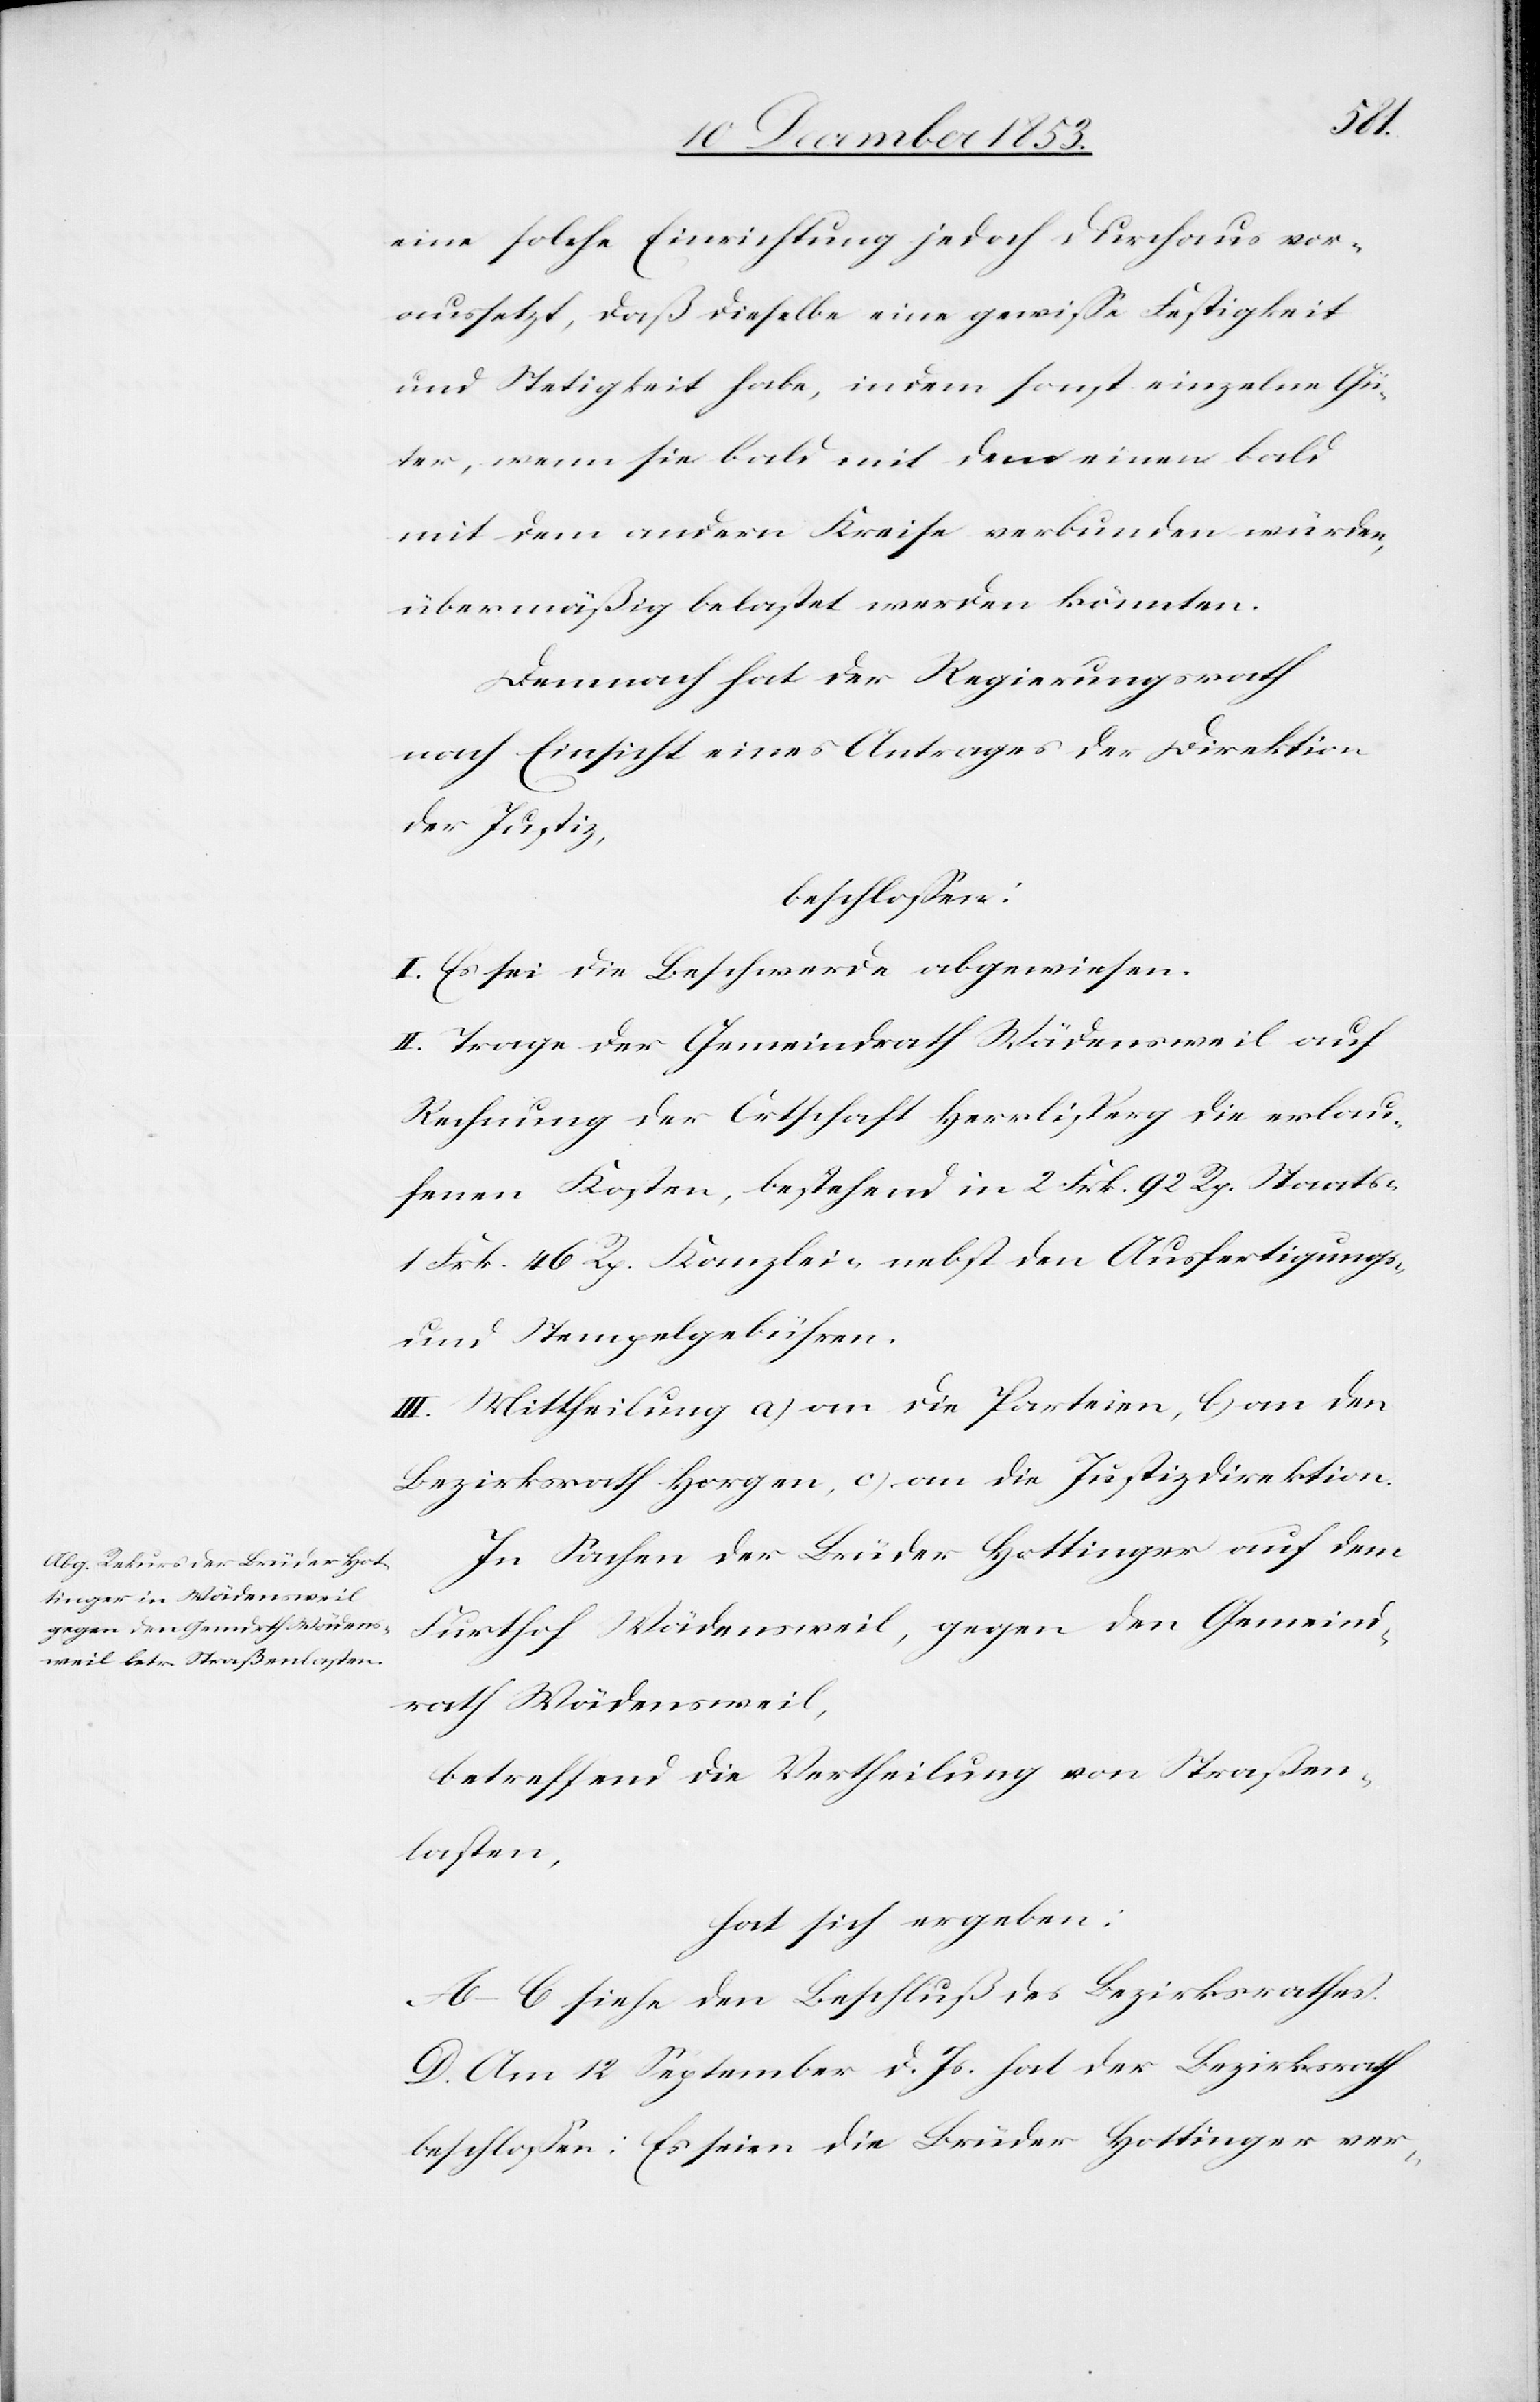
eine solche Einrichtung jedoch, durchaus vor¬
ausgesetzt, daß dieselbe eine gewiße Festigkeit
und Stetigkeit habe, indem sonst einzelne Gü¬
ter, wenn sie bald mit dem einen bald
mit dem andern Kreise verbunden würden,
übermäßig belastet werden könnten.
Demnach hat der Regierungsrath
nach Einsicht eines Antrages der Direktion
der Justiz,
beschloßen:
I. Es sei die Beschwerde abgewiesen.
II. Trage der Gemeindrath Wädensweil auf
Rechnung der Ortschaft Herrlisperg die erlau¬
fenen Kosten, bestehend in 2 Frk. 92 Rp. Staats
1 Frk. 46 Rp. Kanzlei- nebst den Ausfertigungs-
u. Stempelgebühren.
III. Mittheilung a) an die Parteien, b) an den
Bezirksrath Horgen, c) an die Justizdirektion.
In Sachen der Brüder Hottinger auf dem
Furthof Wädensweil, gegen den Gemeind¬
rath Wädensweil,
betreffend die Vertheilung von Straßen¬
lasten,
hat sich ergeben:
A–C siehe den Beschluß des Bezirksrathes.
D. Am 12 September d. Js. hat der Bezirksrath
beschloßen: Es seien die Brüder Hottinger ver-